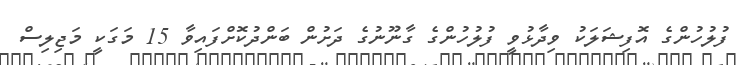
ފުލުހުންގެ އޮފިޝަލަކު ވިދާޅުވީ ފުލުހުންގެ ގާނޫނުގެ ދަށުން ބަންދުކޮށްފައިވާ 15 މަގަކީ މަޖިލިސް